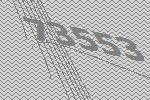
73553